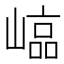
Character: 𡻫